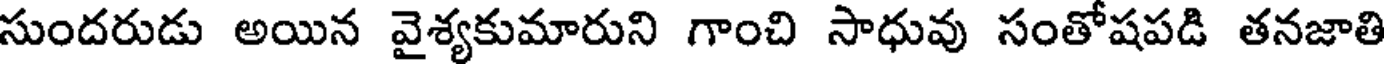
సుందరుడు అయిన వైశ్యకుమారుని గాంచి సాధువు సంతోషపడి తనజాతి